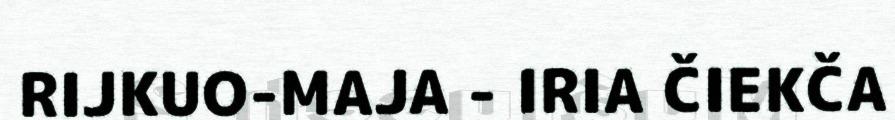
RIJKUO-MAJA - IRIA ČIEKČA